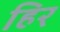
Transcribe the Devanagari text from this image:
हिर